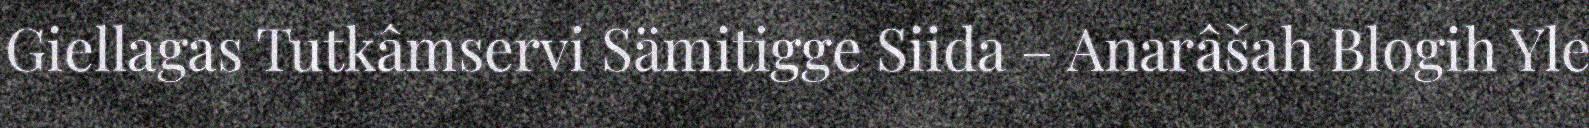
Giellagas Tutkâmservi Sämitigge Siida – Anarâšah Blogih Yle